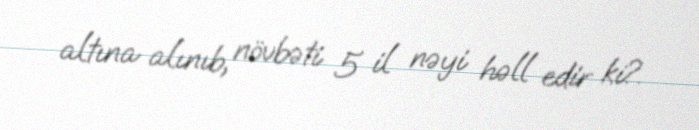
altına alınıb, növbəti 5 il nəyi həll edir ki?.